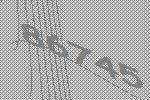
86745